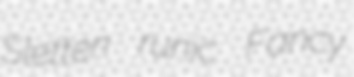
Sletten runic Fancy